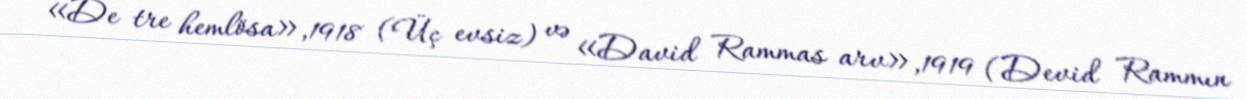
«De tre hemlösa»,1918 (Üç evsiz) və «David Rammas arv»,1919 (Devid Rammın